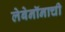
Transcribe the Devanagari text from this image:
लेबेनॉनाची